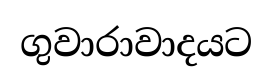
ගුවාරාවාදයට